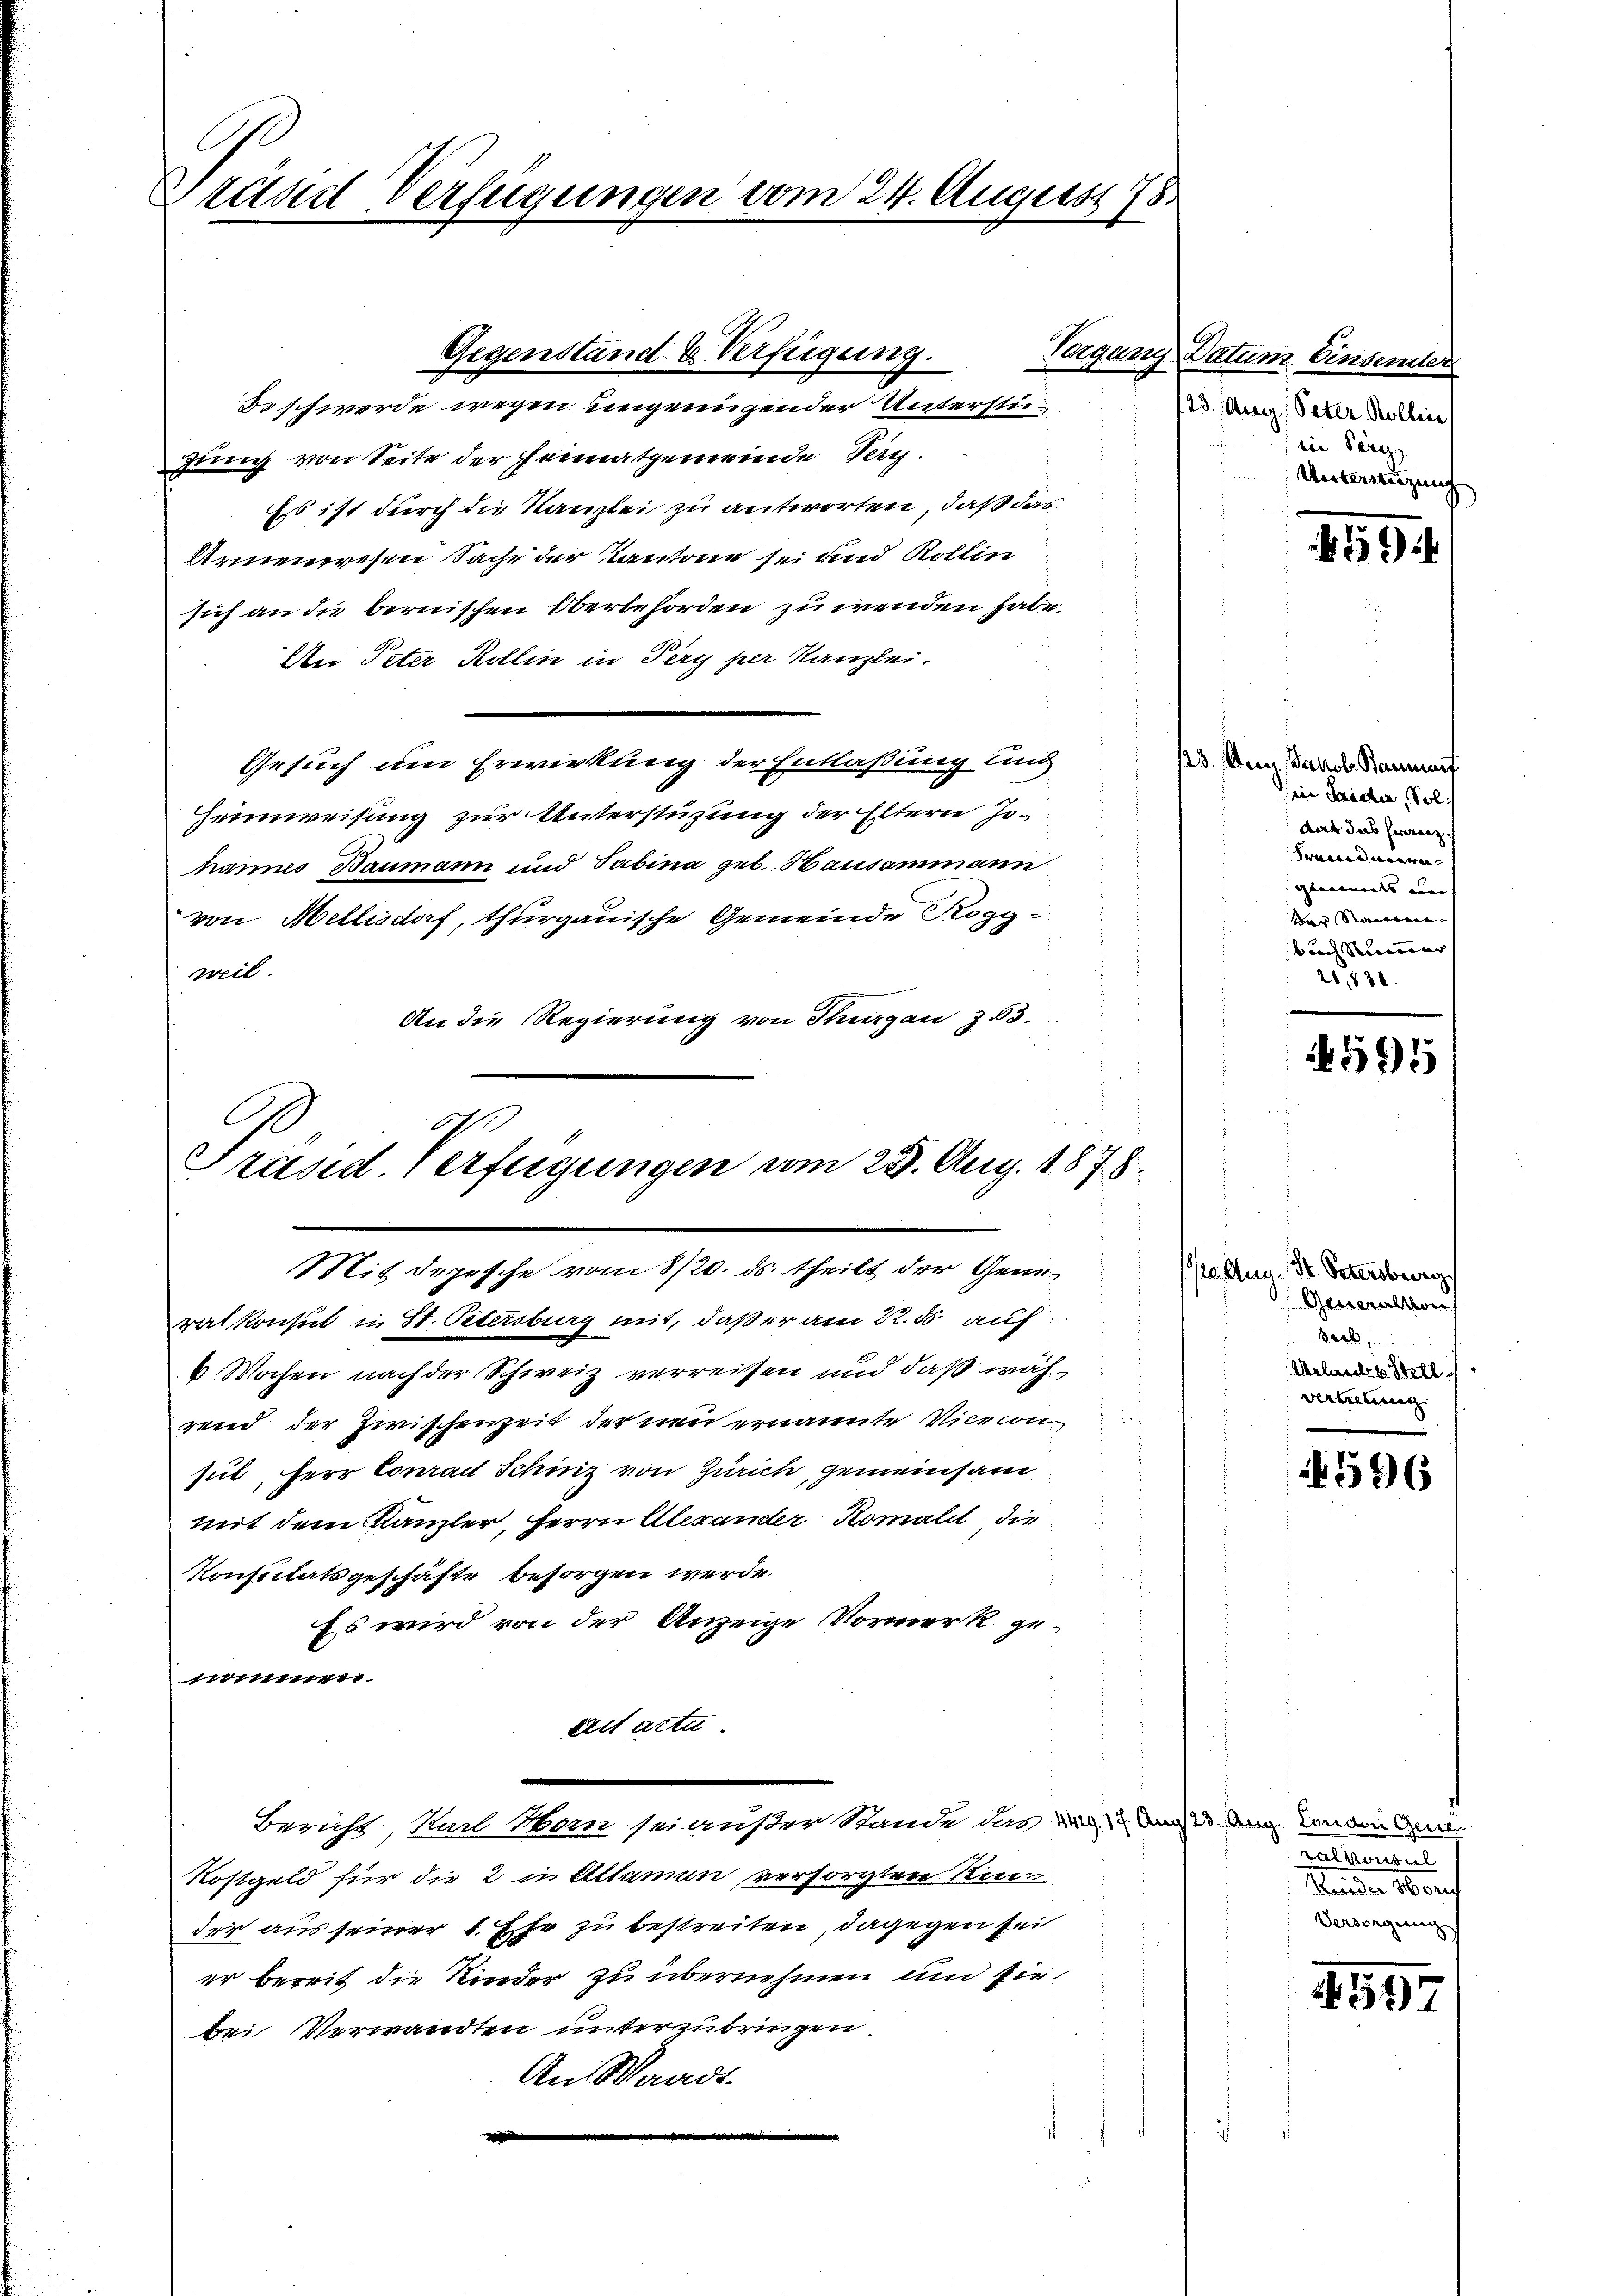
Grund Verfügungen vom 24. August 178.

gung von Seite der Heimatgemeinde Teig.
Es ist durch die Kanzlei zu antworten, daß das
Armenwesen Sache der Kantone sei und Kollin
sich an die bernischen Oberbehörden zu wenden habe.
Dei Peter Kollin in Pery per Kanzlei.
Gesuch um Erwirkung der Entlaßung und
Heimweisung zur Unterstüzung der Eltern Johannes Baumann und Tabina geb. Hausammann
von Mellisdorf, thurgauische Gemeinde Rogg-
weil.
An die Regierung von Thurgau Z. 63.

Krahn
Gegenstand & Verfügung.
Beschwerde wegen ungenügender Unterstü¬

Präsid. Verfügungen vom 25. Aug. 1878.
Mit depesche vom 8/20. ds. theilt der Gene¬

rat Konsul in St. Petersburg mit, daß er am 22. 55. auf
6 Wochen nach der Schweiz verreisen und daß während der Zwischenzeit der neu ernannte Vicecon
sul, Herr Conrad Schinz von Zürich, gemeinsam
mit dem Kanzler, Herrn Alexander Komali die
Konsulatsgeschäfte besorgen werde.
Es wird von der Anzeige Vormerk ge-
immen
teit acta.
Bericht, Karl Man sei außer Stande das ein und Ang Condingun
Rostgeld für die 2 in Altamen versorgten Rie
der aus seiner 4 Ehe zu bestreiten, dagegen sei
er bereit die Kinder zu übernehmen und sie
bei Verwandten unterzubringen.
An Waadt.

Datum Einsender
123. Aug. Peter Kollin
in Teig.
Unterenzung

13 Aug. Jakob Saumanif
ein Haider, Solch
das das Franz.
rmanneren
gaments an |
der Namen- |
burch Reiner |
230.

595

10. Aug. Dr. Petersburg
Generalkons
.
Urlaubes Stell
vertretung

596

ralkonsul
Keinder 16 auch
Versorgung

97